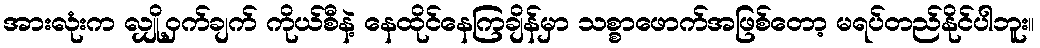
အားလုံးက လျှို့ဝှက်ချက် ကိုယ်စီနဲ့ နေထိုင်နေကြချိန်မှာ သစ္စာဖောက်အဖြစ်တော့ မရပ်တည်နိုင်ပါဘူး။